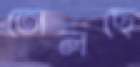
তোলছে